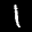
Digit: 1